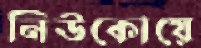
নিউকোয়ে